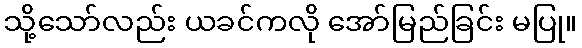
သို့သော်လည်း ယခင်ကလို အော်မြည်ခြင်း မပြု။